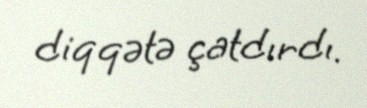
diqqətə çatdırdı.